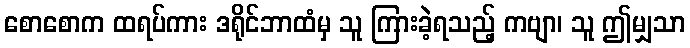
စောစောက ထရပ်ကား ဒရိုင်ဘာထံမှ သူ ကြားခဲ့ရသည့် ကဗျာ၊ သူ ဤမျှသာ